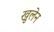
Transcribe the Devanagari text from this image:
खुलेन